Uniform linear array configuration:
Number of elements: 4
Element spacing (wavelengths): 0.25
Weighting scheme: hann
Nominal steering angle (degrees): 30
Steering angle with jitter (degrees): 30.882
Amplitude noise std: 0.05
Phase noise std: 0.05

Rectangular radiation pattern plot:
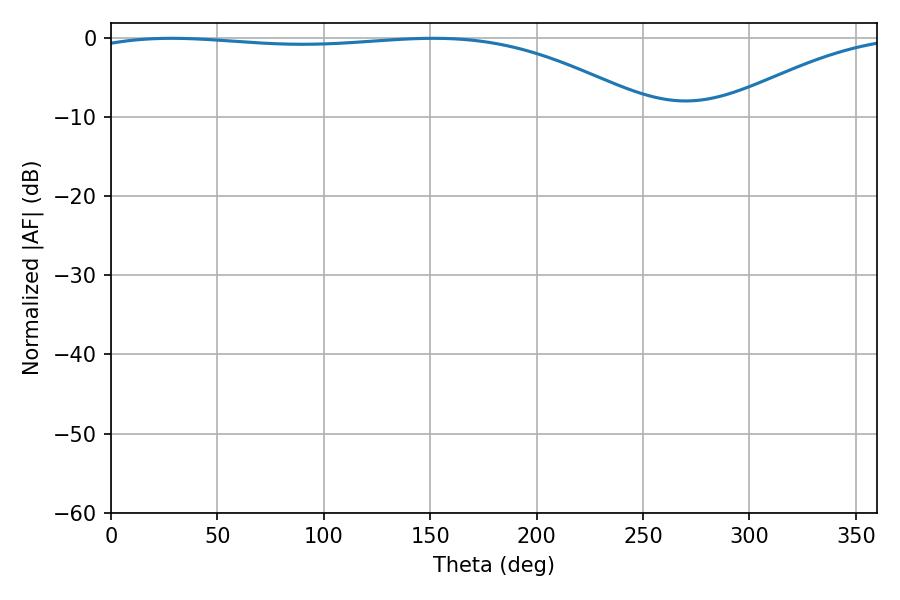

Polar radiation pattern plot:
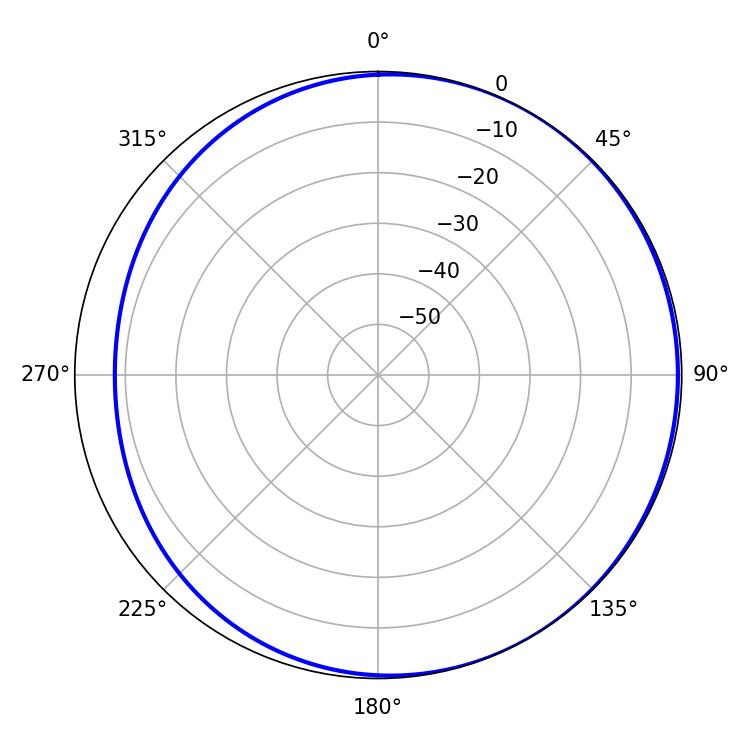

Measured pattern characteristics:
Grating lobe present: FALSE
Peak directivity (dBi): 2.185
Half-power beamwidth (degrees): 211.5
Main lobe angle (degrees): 28.44